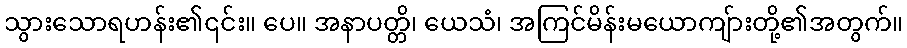
သွားသောရဟန်း၏၎င်း။ ပေ။ အနာပတ္တိ၊ ယေသံ၊ အကြင်မိန်းမယောကျ်ားတို့၏အတွက်။